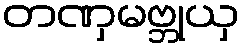
တဏှမဗ္ဘုယှ